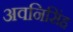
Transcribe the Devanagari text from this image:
अवनिसिंह